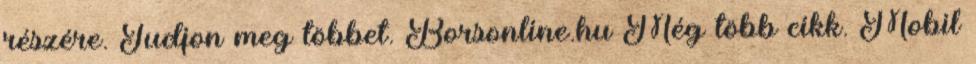
részére. Tudjon meg többet. Borsonline.hu Még több cikk. Mobil